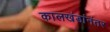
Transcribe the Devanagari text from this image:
कालखंडांनंतर